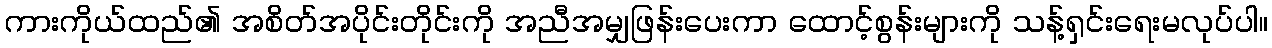
ကားကိုယ်ထည်၏ အစိတ်အပိုင်းတိုင်းကို အညီအမျှဖြန်းပေးကာ ထောင့်စွန်းများကို သန့်ရှင်းရေးမလုပ်ပါ။